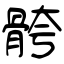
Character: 骻